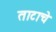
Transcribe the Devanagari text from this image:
ताटाचे